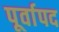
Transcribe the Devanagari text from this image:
पूर्वापद